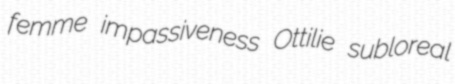
femme impassiveness Ottilie subloreal